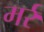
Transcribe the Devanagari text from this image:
मर्र